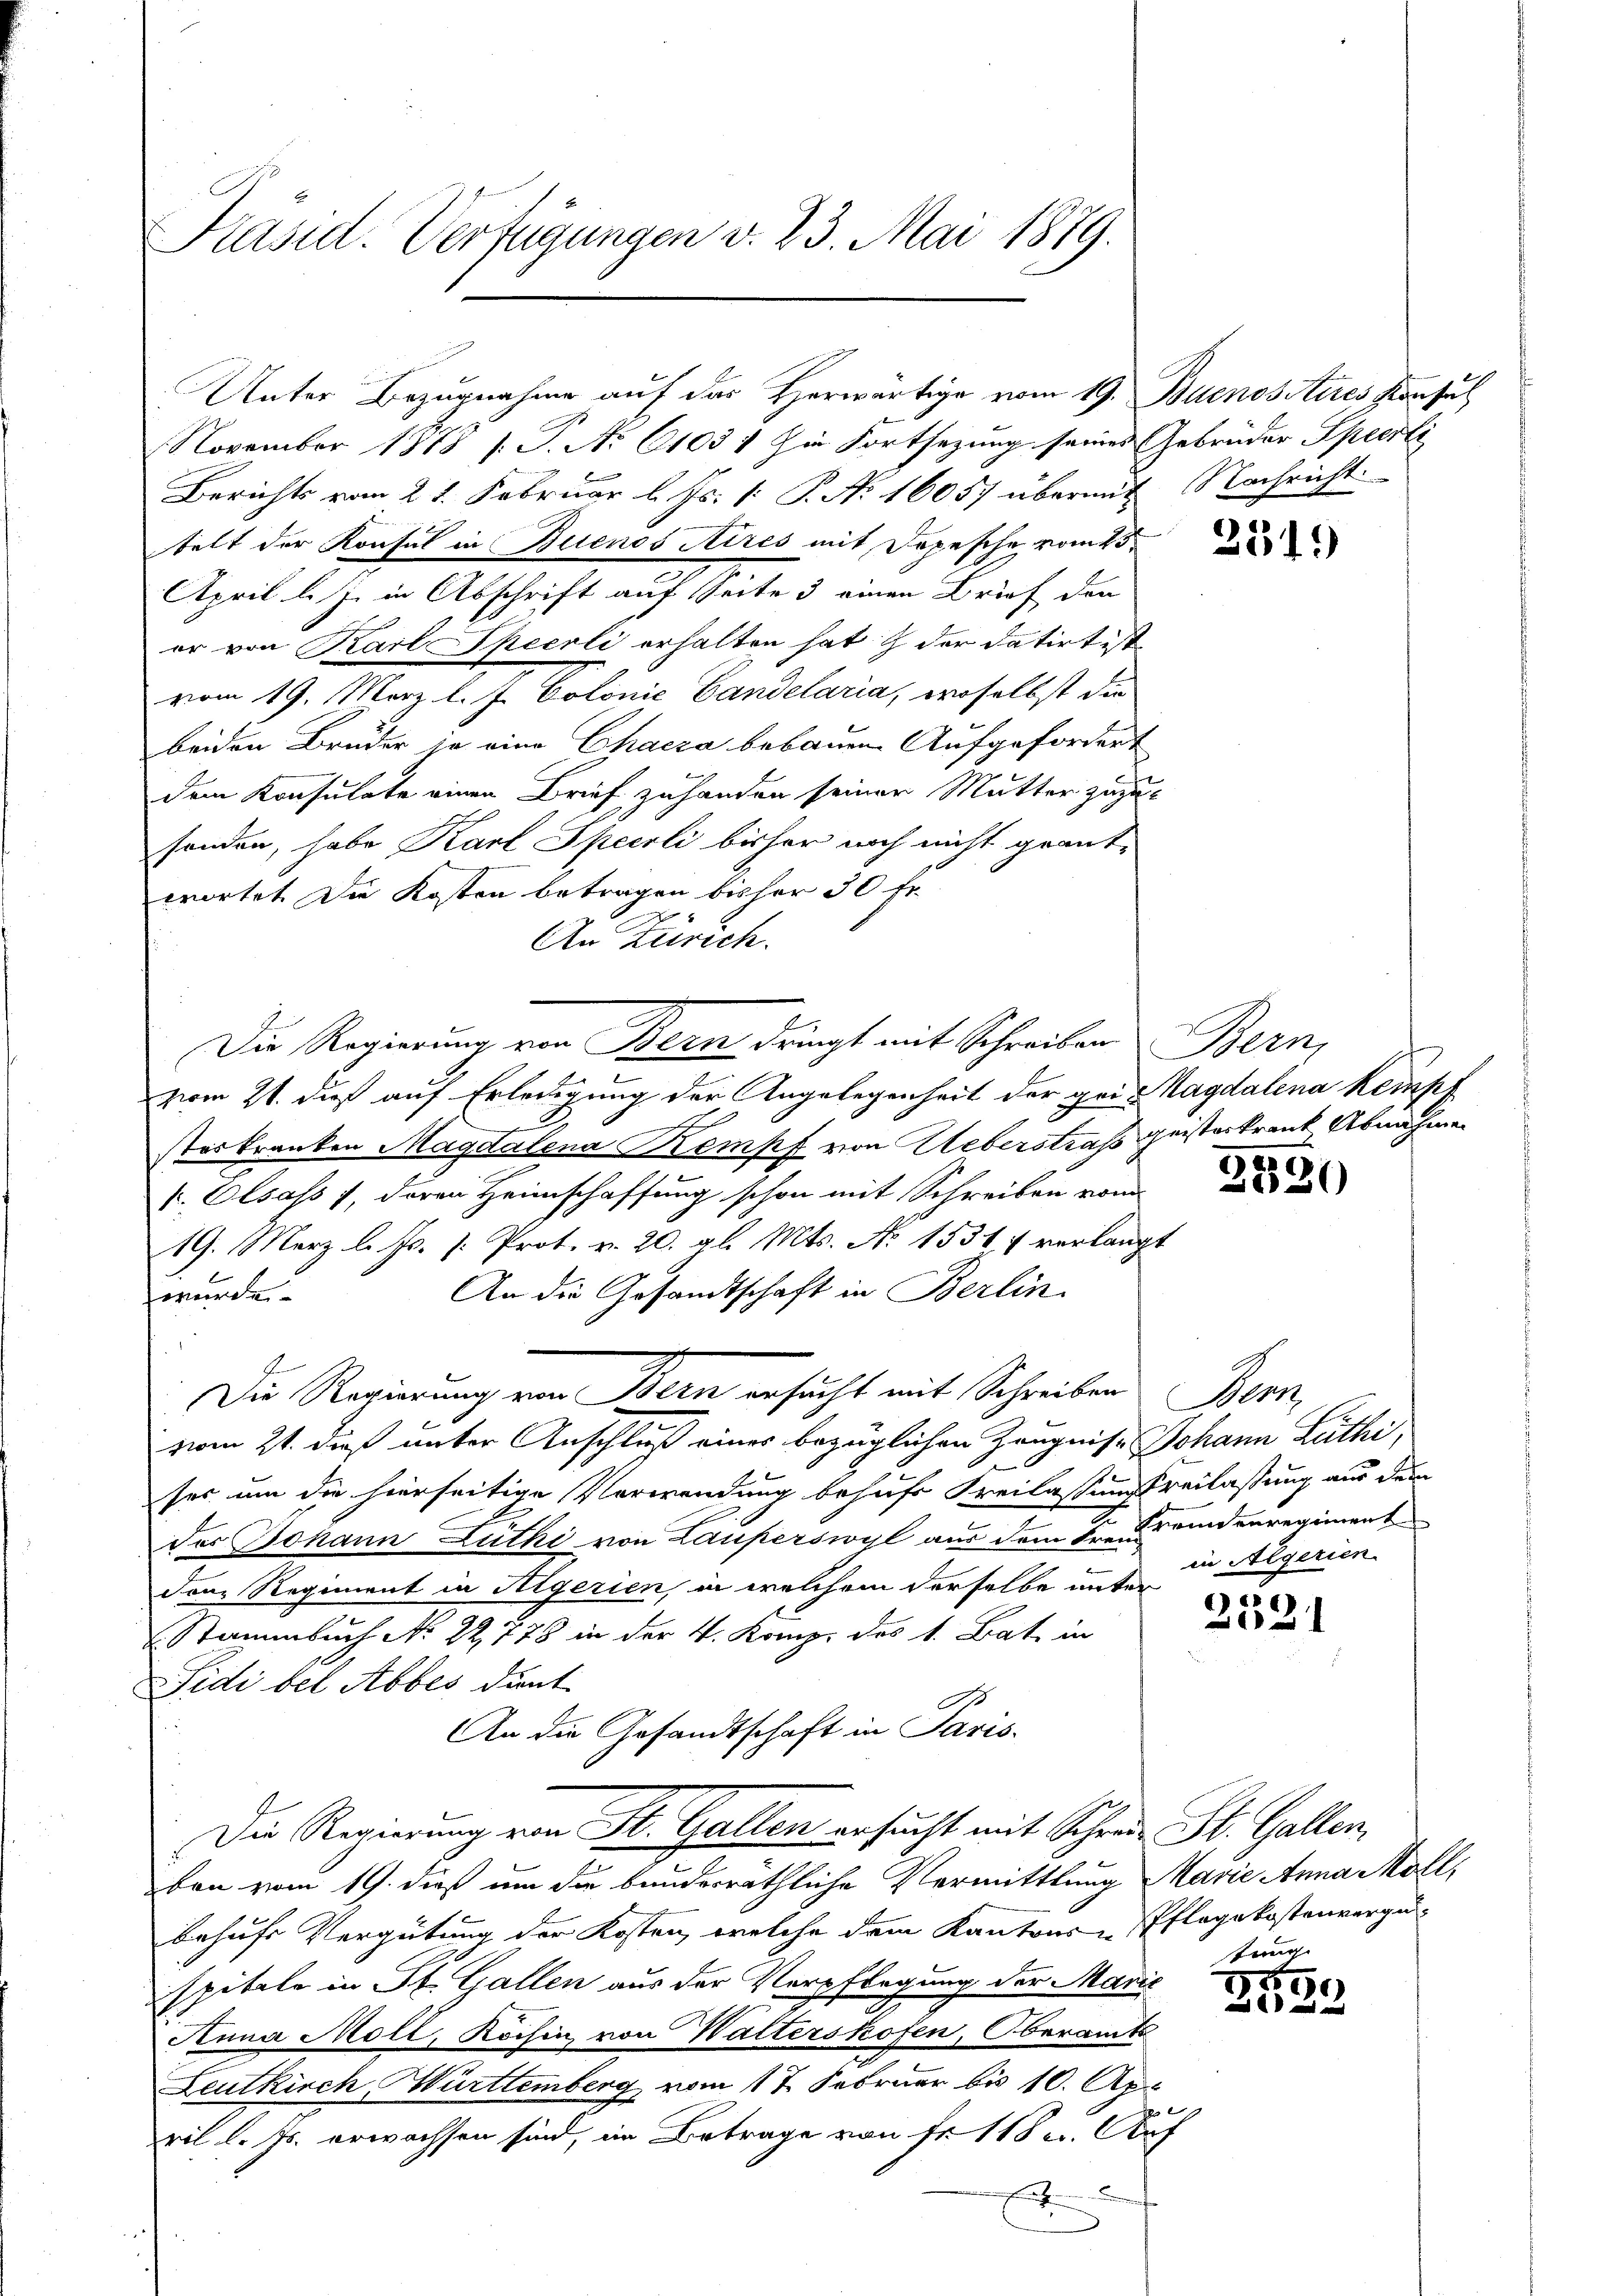
Präsid. Verfügungen v. 23. Mai 1879.

November 1878 s. P. No 61031 hin Fortsezung seines Gebrüder Speci
Berichts vom 21. Februar l. Js. v. P. Nr. 16057 übermit Nachricht.
telt der Konsul in Buenos Aires mit Depesche vom 25.
April l. J. in Abschrift auf Seite 3 einen Brief den
er von Karl Specrli erhalten hat & der datirt ist
vom 19. März l. J. Colonie Candelaria, woselbst die
beiden Brüder je eine Chacza bebauen Aufgefordert
dem Konsulate einen Brief zuhanden seiner Mutter zuzufonder, habe Karl Specoli bisher noch nicht geant-
wortet. Die Kosten betragen bisher 30 fr
An Zürich.
Die Regierung von Bern dringt mit Schreiben Bern,
vom 21. dieß auf Erledigung der Angelegenheit der gei-Magdalena keinpr
1

sterkranken Magdalena Kampf von Ueberstrafs geisterkrank Abnahme
. Olsass, deren Heimschaffung schon mit Schreiben vom
19. März l. Js. s. Prot. v. 20. gl. Mts. No 1531 & verlangt
An die Gesandtschaft in Berlin.
wurde
Die Regierung von Bern ersucht mit Schreiben Bern,
vom 21. dieß unter Anschluß einer bezüglichen Zeugnis Johann Lüthi
ses um die hierseitige Verwendung behufs Freilassungsfreilassung aus dem
des Johann Luthi von Lauperswyl aus dem Freundenregiment
dem Regiment in Negerien, in welchem derselbe unter
Stammbuch No. 22, 778 in der 4. Komp. des 1. Bat. in
Fidi bei Abbes dant
An die Gesandtschaft in Paris.
Die Regierung von St. Gallen ersucht mit Schrei St. Gallen,
ben vom 19. dieß um die bunderräthliche Vermittlung Marie Anna Moll,
behufs Vergütung der Kosten, welche dem Kantons Pflegekostenverguspitale in St. Gallen aus der Verpflegung der Marie
Anna Moll, Kochin von Walterskofen, Oberamts
Leutkirch, Württemberg vom 17. Februar bis 10. Apr
x
ril l. Js. erwachsen sind, im Betrage von fr. 118 u. Auf
t

Unter Bezugnahme auf das Herwärtige vom 19. Buenos Aires Konsul

2519

.
7)
2520

in Algerien

.
20

tung

1850